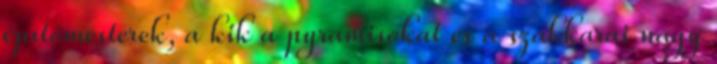
építőmesterek, a kik a pyramisokat és a szakkarai nagy